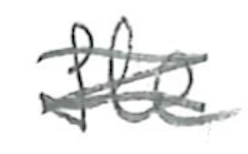
Text: He
Cross-out: scratch
Writing tool: pencil